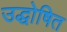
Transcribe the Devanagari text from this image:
उद्धोषित